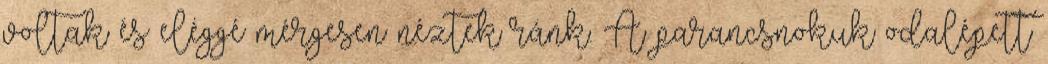
voltak és eléggé mérgesen néztek ránk. A parancsnokuk odalépett